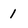
Character: 1